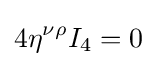
4\eta ^{\nu \rho }I_{4}=0